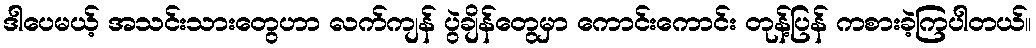
ဒါပေမယ့် အသင်းသားတွေဟာ လက်ကျန် ပွဲချိန်တွေမှာ ကောင်းကောင်း တုန့်ပြန် ကစားခဲ့ကြပါတယ်။